Vital statistics of India. Vol. IV, Annual returns from 1871 to 1876. British Army of India, Native Army and jails of Bengal
Year: 1871
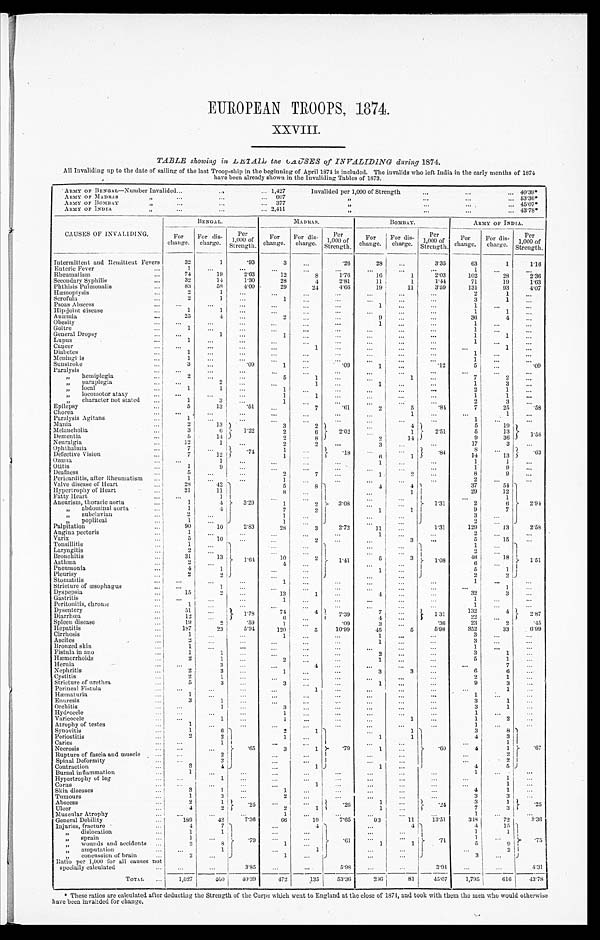
EUROPEAN TROOPS, 1874.
XXVIII.
TABLE showing in LETALL the CAUSES of INVALIDING during 1874.
All Invaliding up to the date of sailing of the last Troop-ship in the beginning of April 1874 is included. The invalids who left India in the early months of 1874
have been already shown in the Invaliding Tables of 1873.
ARMY OF BENGAL—Number Invalided . . .
1,427
I n v a l i d e d p e r 1 , 0 0 0 o f S t r e n g t h . . .
40. 39*
ARMY OF MADRAS . . .
607
" . . .
5 3 . 3 6 *
ARMY OF BOMBAY " . . .
377
" . . .
45. 07*
ARMY OF INDIA" . . .
2,411
" . . . 4 3 . 7 8 *
CAUSES OF INVALIDING.
BENGAL.
MADRAS.
BOMBAY.
ARMY OF INDIA.
For
change.
For di
s-charge.
Per 1, 000 of Strength.
For
change.
For dis-
charge.
Per 1,000
of Strength.
For
change.
For dis-
charge.
Per 1,000
of Strength.
For
change.
For dis-
charge.
Per
1, 000 of St r engt h.
Intermittent and Remittent Fevers
32
1
.93
3
. . .
.26
28
. . .
3.35
63
1
1.16
Enteric Fever . . .
1
. . .
. . .
. . .
. . .
. . .
. . .
. . .
. . .
1
. . .
. . .
Rheumatism . . .
74
19
2.63
12
8
1.76
16
1
2.03
102
28
2 . 3 6
Secondary Syphilis . . .
32
14
1.30
28
4
2.81
11
1
1.44
71
1 9
1.63
Plithisis Pulmonalis . . .
83
58
4.00
29
24
4.66
19
11
3.59
131
93
4.07
Hæmoptysis . . .
2
1
. . .
. . .
. . .
. . .
. . .
. . .
. . .
2
1
. . .
Scrofula . . .
2
1
. . .
1
. . .
. . .
. . .
. . .
. . .
3
1
. . .
Psoas Abscess . . .
. . .
. . .
. . .
. . .
. . .
. . .
1
. . .
. . .
1
. . .
. . .
Hip-joint disease . . .
1
1
. . .
. . .
. . .
. . .
. . .
. . .
. . .
1
1
. . .
Anæmia . . .
25
4
. . .
2
. . .
. . .
9
. . .
. . .
36
4
. . .
Obesity . . .
. . .
. . .
. . .
. . .
. . .
. . .
1
. . .
. . .
1
. . .
. . .
Goitre . . .
1
. . .
. . .
. . .
. . .
. . .
. . .
. . .
. . .
1
. . .
. . .
General Dropsy . . .
. . .
1
. . .
1
. . .
. . .
. . .
. . .
. . .
1
1
. . .
Lupus . . .
1
. . .
. . .
. . .
. . .
. . .
. . .
. . .
. . .
1
. . .
. . .
Cancer . . .
. . .
. . .
. . .
. . .
1
. . .
. . .
. . .
. . .
. . .
1
. . .
Diabetes . . .
1
. . .
. . .
. . .
. . .
. . .
. . .
. . .
. . .
1
. . .
. . .
Meninghisis . . .
1
. . .
. . .
. . .
. . .
. . .
. . .
. . .
. . .
1
. . .
. . .
Sunstroke . . .
3
. . .
.09
. . .
. . .
.09
1
. . .
.12
5
. . .
. 0 9
Paralysis . . .
. . .
. . .
. . .
. . .
. . . . . .
. . .
. . .
. . .
. . .
. . .
. . .
" hemiplegia . . .
2
. . .
. . .
5
1
. . .
. . .
1
. . .
7.
2
. . .
" paraplegia . . .
. . .
2
. . .
. . .
1
. . .
1
. . .
. . .
1
3
. . .
" local . . .
1
1
. . .
1
. . .
. . .
. . .
. . .
. . .
2
1
. . .
" locomotor ataxy
. . .
. . .
. . .
1
1
. . .
. . .
. . .
. . .
1
1
. . .
" character not stated . . .
1
3
. . .
1
. . .
. . .
. . .
. . .
. . .
2
3
. . .
Epilepsy . . .
5
13
. 5 1
. . .
7
.61
2
5
.84
7
25
. 5 8
Chorea . . .
. . .
. . .
. . .
. . .
. . .
. . .
. . .
1
. . .
. . .
1 . . .
Paralysis Agitans . . .
1
. . .
. . .
. . .
. . .
. . .
. . .
. . .
. . .
1
. . .
. . .
Mania . . .
2
13
1.22
3
2
2.02
. . .
4
2.51
5
19
1.58
Melancholia . . .
3
6
2
6
. . .
1
5
13
Dementia . . .
5
14
2
8
2
14
9
36
Neuralgia . . .
12
1
. . .
2
2
. . .
3
. . .
. . .
17
3
. . .
Ophthalmia . . .
7
. . .
.74
1
. . .
.18
. . .
. . .
. 8 4
8
. . .
.63
Defective Vision . . .
7
12
1
. . .
. . .
1
14
13
Ozœna . . .
. . .
1
. . .
. . .
. . .. . .
1
. . .
. . .
1
1
. . .
Otitis . . .
1
9
. . .
. . .
. . .
. . .
. . .
. . .
. . .
1
9
. . .
Deafness . . .
5
. . .
. . .
2
7
. . .
1
2
. . .
8
9
. . .
Pericarditis, after Rheumatism . . .
1
. . .
. . .
1
. . .
. . .
. . .
. . .
. . .
2
. . .
. . .
Valve disease of Heart . . .
28
42
3.29
5
8
3.0
8
4
4
1.31
37
54
2.94
Hypertrophy of Heart . . .
21
11
8
. . .
. . .
1
29
12
Fatty Heart . . .
. . .
1
. . .
. . .
. . .
. . .
. . .
1
Aneurism, thoracic aorta . . .
1
4
. . .
2
. . .
. . .
2
6
" abdominal aorta . . .
1
4
7
2
1
1
9
7
" subclavian . . .
2
. . .
1
. . .
. . .
. . .
3
. . .
" popliteal . . .
1
. . .
1
. . .
. . .
. . .
2
. . .
Palpitation . . .
90
10
2.83
28
3
2.72
1 1
. . .
1.31
129
13
2.58
Angina pectoris . . .
1
. . .
. . .. . .
. . .
. . .
1 1
. . .
. . .
2
. . .
. . .
Varix . . .
5
10
. . .
. . .
2
. . .
1
3
. . .
5
1 5
. . .
Tonsillitis . . .
1
. . .
1.64
. . .
. . .
1. 41
. . .
. . .
1.08
1
. . .
1.51
Laryngitis . . .
2
. . .
. . .
. . .
. . .
. . .
2
. . .
Bronchitis . . .
31
13
10
. . .
5
. . .
46
18
Asthma . . .
2
. . .
4
. . .
. . .
. . .
6
. . .
Pneumonia . . .
4
1
. . .
. . .
1
. . .
5
1
Pleurisy . . .
2
2
. . .
. . .
. . .
. . .
. . .
2
Stomatitis . . .
. . .
. . .
1
. . .
. . .
. . .
. . .
. . .
1
. . .
. . .
Stricture of œsophagus . . .
. . .
1 . . .
. . .
. . .
. . .
. . .
. . .
. . .
. . .
1
. . .
Dyspepsia . . .
1 5
2
. . .
13
1
. . .
4
. . .
. . .
32
3
. . .
Gastritis . . .
. . .
. . .
. . .
1
. . .
. . .
. . .
. . .
. . .
1
. . .
. . .
Peritonitis, chronic . . .
. . .
. . .
. . .
. . .
. . .
. . .
. . .
. . .
. . .
1
. . .
. . .
Dysentery . . .
51
. . .
1.78
7 4 4
7.39
7
. . .
1.31
132
4
2. 87
Diarrhœa . . .
12
. . .
6.
. .
4
. . .
2 2
. . .
Spleen disease . . .
19
2
.59
1
. . . . . .
3
. . .
.36
23
2
. 4 5
Hepatitis . . .
1 8 7
23
5.94
120
5
10.99
45
5
5.98
352
33
6.99
Cirrhosis . . .
1
. . .
. . .
1
. . .. . .
1
. . .. . .
3
. . .
. . .
A s c i t e s . . .
2
. . .
. . .. . .
. . .
. . .
1
. . .
. . .
3
. . .
. . .
Bronzed skin . . .
1
. . .
. . .
. . . . . .
. . .
. . .
. . .
. . .
. . .
1
. . .
. . .
Fistula in ano . . .
1
. . .
. . .. . .
. . .
. . .
2
. . .
. . .
3
1
. . .
Hæmorrhoids . . .
2
1
. . .
2
. . .
. . .
1
. . .
. . .
5
1
. . .
Hernia . . .
. . .
3
. . .. . .
4
. . .
. . .
. . .
. . .
. . .
7
. . .
Nephritis . . .
2
3
. . .
. . .
. . .
. . .
3
3
. . .
6
6
. . .
Cystitis . . .
2
1
. . .
. . .
. . .
. . .
. . .
. . .
. . .
2
1
. . .
Stricture of urethra . . .
5
3
. . .
. . .
. . .
. . .
. . .
. . .
. . .
9
3
. . .
Perineal Fistula . . .
. . .
. . .
. . .
. . .
1
. . .
. . .
. . .
. . .
. . .
1
. . .
Hæmaturia . . .
. . .
. . .
. . .
. . .
. . .
. . .
. . .
. . .
. . .
1
. . .
. . .
Enuresis . . .
3
1
. . .
. . .
. . .
. . .
. . .
. . .
. . .
3
1
. . .
Orchitis . . .
. . .
1
. . .
. . .
. . .
. . .
. . .
. . .
. . .
3
1
. . .
Hydrocele . . .
. . .
. . .
. . .
1
. . .
. . .
. . .
. . .
. . .
1
. . .
. . .
Varicocele . . .
. . .
1
. . .
. . .
. . .
. . .
. . .
1
. . .
1
2
. . .
Atrophy of testes . . .
1
. . .
. . .
. . .
. . .
. . .
. . .
. . .
. . .
1
. . .
. . .
Synovitis . . .
1
6 .65
. . .
1 .79
. . .
1. .60
3.
8
.67
Periostitis . . .
2
2
1
. . .
1
1
4
3
Caries . . .
. . .
1
. . .
. . .
. . .
. . .
. . .
1
Necrosis . . .
. . .
. . .
3
1
1
. . .
4
1
Rupture of fascia and muscle . . .
. . .
2
. . .
. . .
. . .
. . .
. . .
2
Spinal Deformity . . .
. . .
2
. . .
. . .
. . .
. . .
. . .
2
Contraction . . .
3
4
. . .
1
1
. . .
4
5
Bursal in flammation . . .
1
. . .
. . .
. . .
. . .
. . .
. . .
. . .
. . .
1
. . .
. . .
Hypertrophy of leg . . .
. . .
1
. . .
. . .
. . .
. . .
. . .
. . .
. . .
. . .
1
. . .
Corns . . .
. . .
. . .
. . .
. . .
1
. . .
. . .
. . .
. . .
. . .
1
. . .
Skin diseases . . .
3
1
. . .
1
. . .
. . .
. . .
. . .
. . .
4
1
. . .
Tumours . . .
1
3
. . .
2
. . .
. . .
. . .
. . .
. . .
3
3
. . .
Abscess . . .
2
1 .25
. . .
. . .
.26
1
. . .
.24
3
3 1 .25
Ulcer . . .
4
2
2
1
1
. . .
7
. . .
Muscular Atrophy . . .
. . .
. . .
. . .
1
. . .
. . .
. . .
. . .
. . .
1
. . .
. . .
General Debility . . .
189
42
7.36
66
19
7.65
93
11
13.51
3 4 8
72
8.36
Injuries, fracture . . .
4
7
.79
. . .
4 .61
. . .
4 .71
4
15 .75
dislocation
. . .
1
1
. . .
. . .
. . .
. . .
1
1
sprain . . .
1
. . .
. . .
. . .
. . .
. . .
1
. . .
" wounds and accidents . . .
3
8
1
. . .
1
1
5
9
" amputation . . .
. . .
1
. . .
1
. . .
. . .
...
2
" c o n c u s s i o n o f b r a i n . . .
2
. . .
1
. . .
. . .
. . .
3
. . .
Ratio per 1,000 for all causes not
specially calculated . . .
. . .
. . .
3.85
. . .
. . .
5.98
. . .
. . .
3.94
. . .
. . .
4.31
TOTAL . . .
1,027
400
40.39
472
135
53.36
296
81
45.07
1,795
616
43.78
*These ratios are calculated after deducting the Strength of the Corps which went to England at the close of 1874, and took with them the men who would otherwise
have been invalided for change.